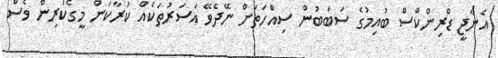
އެނާޖީ ޑްރިންކްސް ބުއިމުގެ ސަބަބުން ސިއްހަތަށް ނޭދެވޭ އަސަރުތަކެއް ކުރާކަން މީގެކުރިން ވެސް